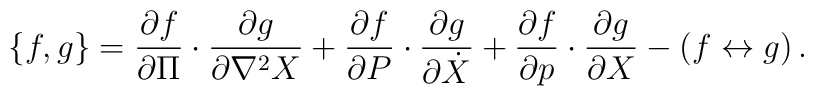
\{ f , g \} = {\partial f \over \partial \Pi } \cdot{\partial g \over \partial \nabla^2 X } +{\partial f \over \partial P }\cdot {\partial g \over \partial \dot{X} }+ {\partial f \over \partial p } \cdot{\partial g \over \partial X } - ( f\leftrightarrow g )\,.